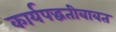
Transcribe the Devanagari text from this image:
कार्यपद्धतीबाबत